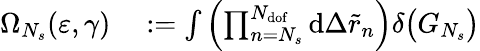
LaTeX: \begin{array}{rl}{\Omega_{N_{s}}(\varepsilon,\gamma)}&{{}:=\int{\left(\prod_{n=N_{s}}^{N_{\mathrm{dof}}}{\mathrm{d}\Delta\tilde{r}_{n}}\right)\delta\big(G_{N_{s}}\big)}}\end{array}